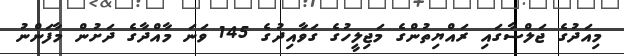
މިއަދުގެ ޖަލްސާގައި ރައްޔިތުންގެ މަޖިލީހުގެ ގަވާއިދުގެ 145 ވަނަ މާއްދާގެ ދަށުން މާފަންނު